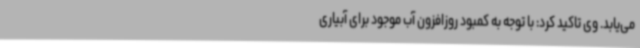
می‌یابد. وی تاکید کرد: با توجه به کمبود روزافزون آب موجود برای آبیاری